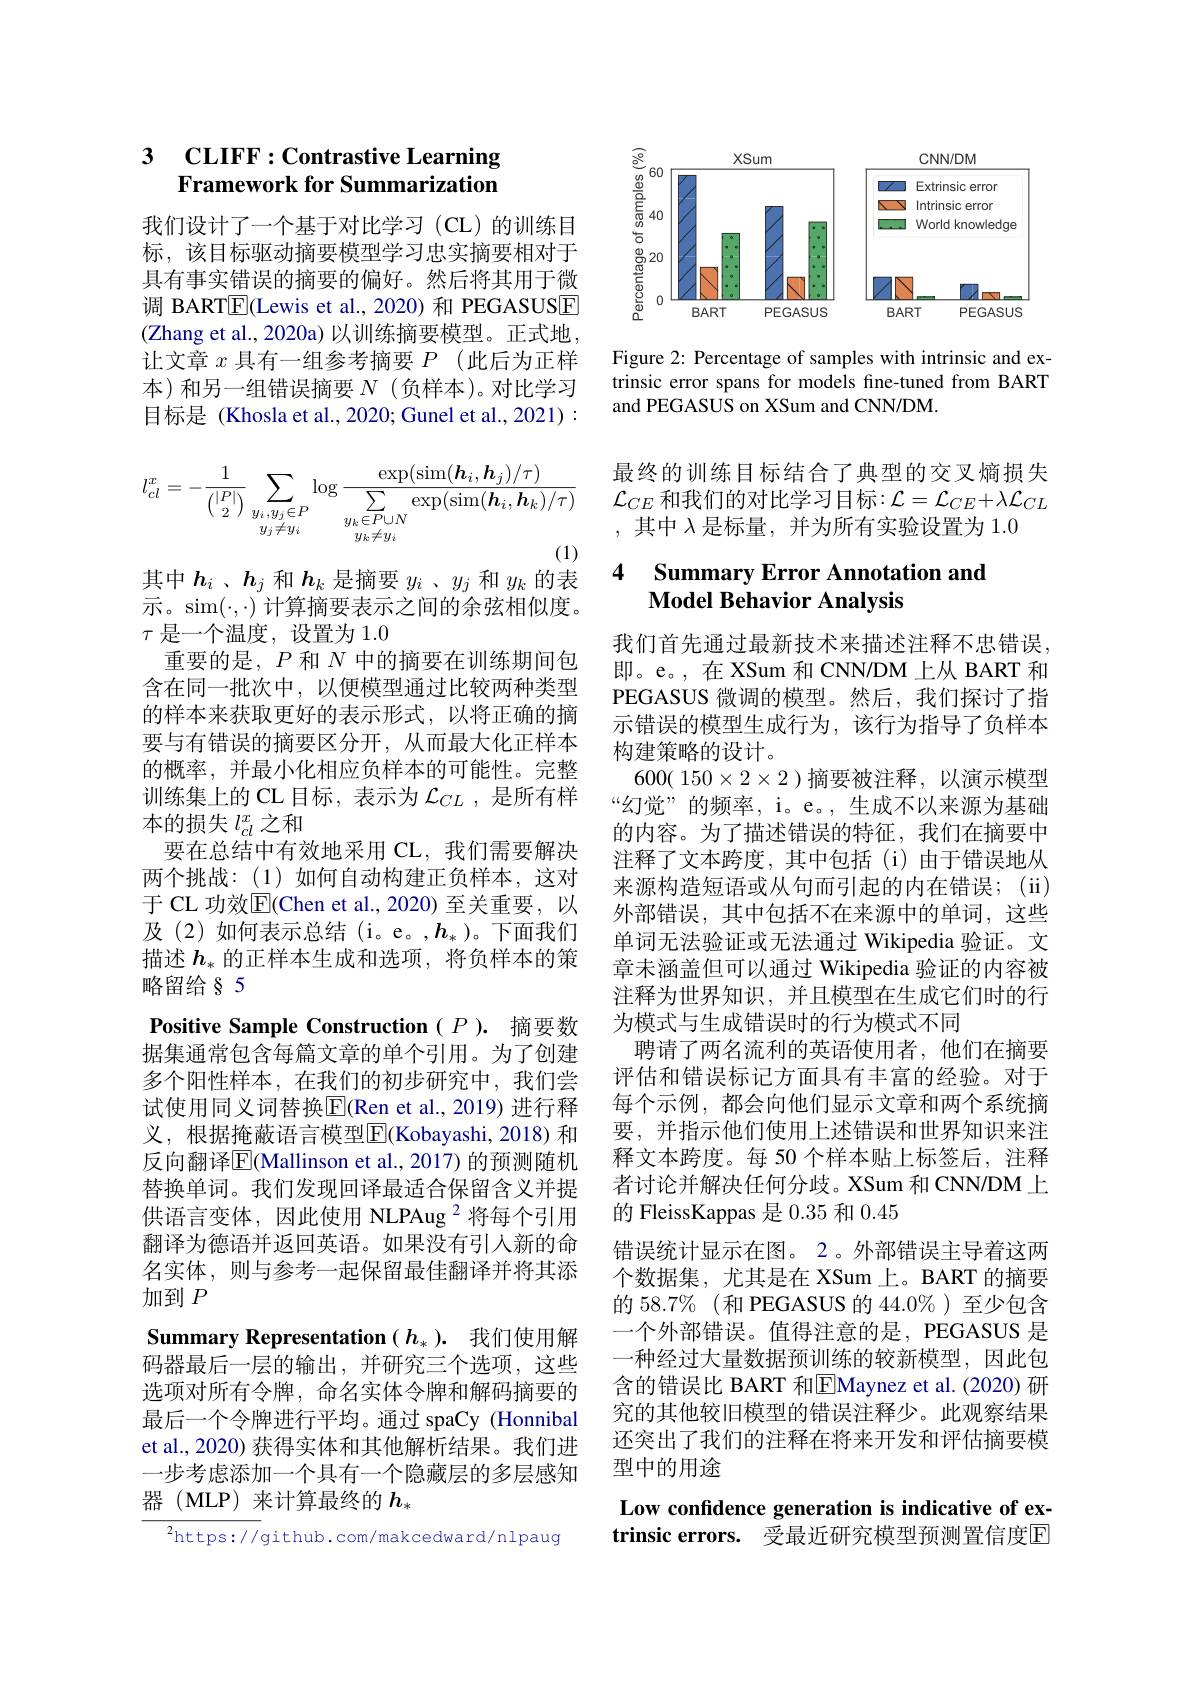
### 3 CLIFF:Contrastive Learning Framework for Summarization

我们设计了一个基于对比学习(CL)的训练目标，该目标驱动摘要模型学习忠实摘要相对于具有事实错误的摘要的偏好。然后将其用于微调 BART$\boxed{\mathrm{F}}($Lewis et al.,2020) 和 PEGASUSE (Zhang et al., 2020a) 以训练摘要模型。正式地， 让文章$x$具有一组参考摘要$P$ (此后为正样本)和另一组错误摘要$N$ (负样本)。对比学习目标是 (Khosla et al., 2020; Gunel et al., 2021) :
$$l_{cl}^{x}=-\frac{1}{\binom{|P|}{2}}\sum_{\substack{y_i,y_j\in P\\y_j\neq y_i}}\log\frac{\exp(\sin(\boldsymbol{h}_i,\boldsymbol{h}_j)/\tau)}{\sum_{\substack{y_k\in P\cup N\\y_k\neq y_i}}\exp(\sin(\boldsymbol{h}_i,\boldsymbol{h}_k)/\tau)}$$
其中$h_i$ 、$h_j$和$h_k$是摘要$y_i$ 、$y_j$和$y_k$的表

示。sim$(\cdot,\cdot)$计算摘要表示之间的余弦相似度。
$\tau$是一个温度，设置为 1.0
重要的是，$P$和$N$中的摘要在训练期间包含在同一批次中，以便模型通过比较两种类型的样本来获取更好的表示形式，以将正确的摘要与有错误的摘要区分开，从而最大化正样本的概率，并最小化相应负样本的可能性。完整训练集上的 CL 目标，表示为$\mathcal{L}_{CL}$ ,是所有样本的损失$l_{cl}^x$之和
要在总结中有效地采用 CL, 我们需要解决两个挑战：(1)如何自动构建正负样本，这对于 CL 功效$\overline{\mathbb{E}}($Chen et al.,2020)至关重要，以及(2)如何表示总结(i。e。,$h_*$)。下面我们描述$h_*$的正样本生成和选项，将负样本的策略留给§ 5
Positive Sample Construction $(P$ ). 摘要数据集通常包含每篇文章的单个引用。为了创建多个阳性样本，在我们的初步研究中，我们尝试使用同义词替换$\overline{\mathrm{E}}$(Ren et al., 2019) 进行释义，根据掩蔽语言模型$\overline{\mathrm{E}}($Kobayashi,2018)和反向翻译$\overline{\mathrm{E}}($Mallinson et al., 2017) 的预测随机替换单词。我们发现回译最适合保留含义并提供语言变体，因此使用 NLPAug $^{2}$将每个引用翻译为德语并返回英语。如果没有引人新的命名实体，则与参考一起保留最佳翻译并将其添加到$P$
Summary Representation $(h_*).$我们使用解码器最后一层的输出，并研究三个选项，这些选项对所有令牌，命名实体令牌和解码摘要的最后一个令牌进行平均。通过 spaCy (Honnibal et al., 2020) 获得实体和其他解析结果。我们进一步考虑添加一个具有一个隐藏层的多层感知器(MLP)来计算最终的$h_*$
$^{2}$https://github.com/makcedward/nlpaug

<FigureHere>

Figure 2: Percentage of samples with intrinsic and extrinsic error spans for models fine-tuned from BART and PEGASUS on XSum and CNN/DM.

最终的训练目标结合了典型的交叉熵损失$\mathcal{L}_{CE}$ 和我们的对比学习目标$:\mathcal{L}=\mathcal{L}_CE+\lambda\mathcal{L}_{CL}$ ,其中$\lambda$是标量，并为所有实验设置为 1.0

### 4 Summarv Error Annotation and Model Behavior Analysis

我们首先通过最新技术来描述注释不忠错误即。e。,在 XSum 和 CNN/DM 上从 BART 和PEGASUS 微调的模型。然后，我们探讨了指示错误的模型生成行为，该行为指导了负样本构建策略的设计。
$600(150\times2\times2)$摘要被注释，以演示模型“幻觉”的频率，i。e。,生成不以来源为基础的内容。为了描述错误的特征，我们在摘要中注释了文本跨度，其中包括(i)由于错误地从来源构造短语或从句而引起的内在错误；(ii) 外部错误，其中包括不在来源中的单词，这些单词无法验证或无法通过 Wikipedia 验证。文章未涵盖但可以通过 Wikipedia 验证的内容被注释为世界知识，并且模型在生成它们时的行为模式与生成错误时的行为模式不同
聘请了两名流利的英语使用者，他们在摘要评估和错误标记方面具有丰富的经验。对于每个示例，都会向他们显示文章和两个系统摘要，并指示他们使用上述错误和世界知识来注释文本跨度。每 50 个样本贴上标签后，注释者讨论并解决任何分歧。XSum 和 CNN/DM 上的 FleissKappas 是0.35和0.45
错误统计显示在图。2。外部错误主导着这两个数据集，尤其是在 XSum 上。BART 的摘要的 58.7%(和 PEGASUS 的 44.0%)至少包含一个外部错误。值得注意的是，PEGASUS 是一种经讨大量数据预训练的较新模型、因此句含的错误比 BART 和$\boxed{\mathrm{E}}$Maynez et al.(2020)研究的其他较旧模型的错误注释少。此观察结果还突出了我们的注释在将来开发和评估摘要模型中的用途
Low confdence generation is indicative of ex-

trinsic errors. 受最近研究模型预测置信度E